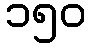
၁၅၀